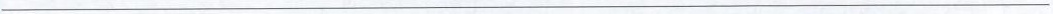
___